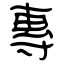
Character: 專